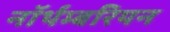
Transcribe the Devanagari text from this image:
नॉर्थम्बरियन